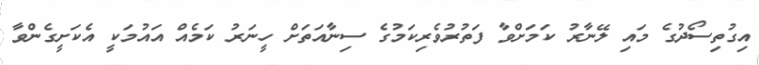
އިގުތިސޯދުގެ މައި ލޭނާރު ކަމަށްވާ ފަތުރުވެރިކަމުގެ ސިނާއަތަށް ހީނަރު ކަމެއް އައުމަކީ އެކަށީގެންވާ